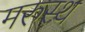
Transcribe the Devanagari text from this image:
मरुस्थ